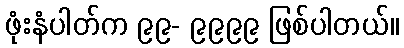
ဖုံးနံပါတ်က ၉၉- ၉၉၉၉ ဖြစ်ပါတယ်။